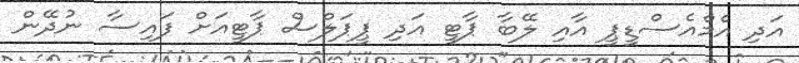
އަދި އެމްއެސްޑީޕީ އާއި ލޭބާ ޕާޓީ އަދި ޕީޕަލްސް ޕާޓީއަށް ފައިސާ ނުދޭން